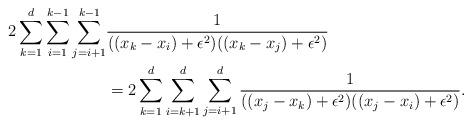
LaTeX: \begin{align*} 2 \sum_{k=1}^d\sum_{i=1}^{k-1}\sum_{j=i+1}^{k-1}& \frac{1}{((x_k-x_i)+\epsilon^2)((x_k-x_j)+\epsilon^2)}\\ &= 2\sum_{k=1}^d\sum_{i=k+1}^{d}\sum_{j=i+1}^{d} \frac{1}{((x_j-x_k)+\epsilon^2)((x_j-x_i)+\epsilon^2)}. \end{align*}